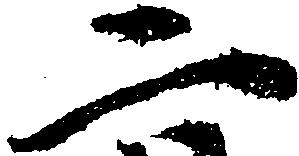
二